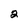
Character: 2